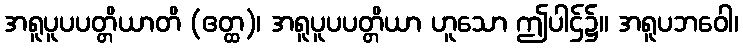
အရူပူပပတ္တိယာတိ (ဧတ္ထ)၊ အရူပူပပတ္တိယာ ဟူသော ဤပါဌ်၌။ အရူပဘဝေါ၊